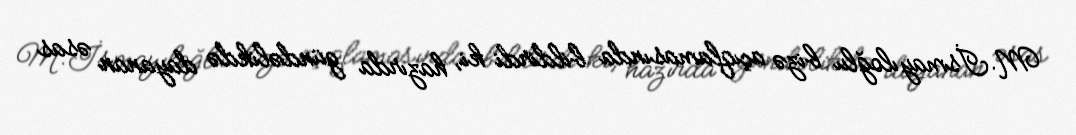
M.İsmayıloğlu bizə açıqlamasında bildirdi ki, hazırda gündəlikdə dayanan əsas